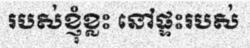
របស់ខ្ញុំខ្លះ នៅផ្ទះរបស់